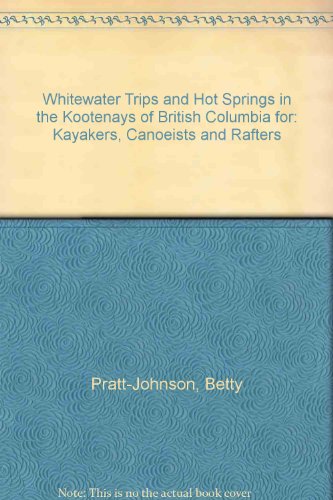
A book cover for Whitewater Trips and Hot Springs in the Kootenays of British Columbia for: Kayakers, Canoeists and Rafters; Betty Pratt-Johnson; Sports & Outdoors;